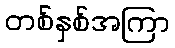
တစ်နှစ်အကြာ